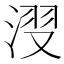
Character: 𣷺